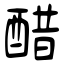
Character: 醋